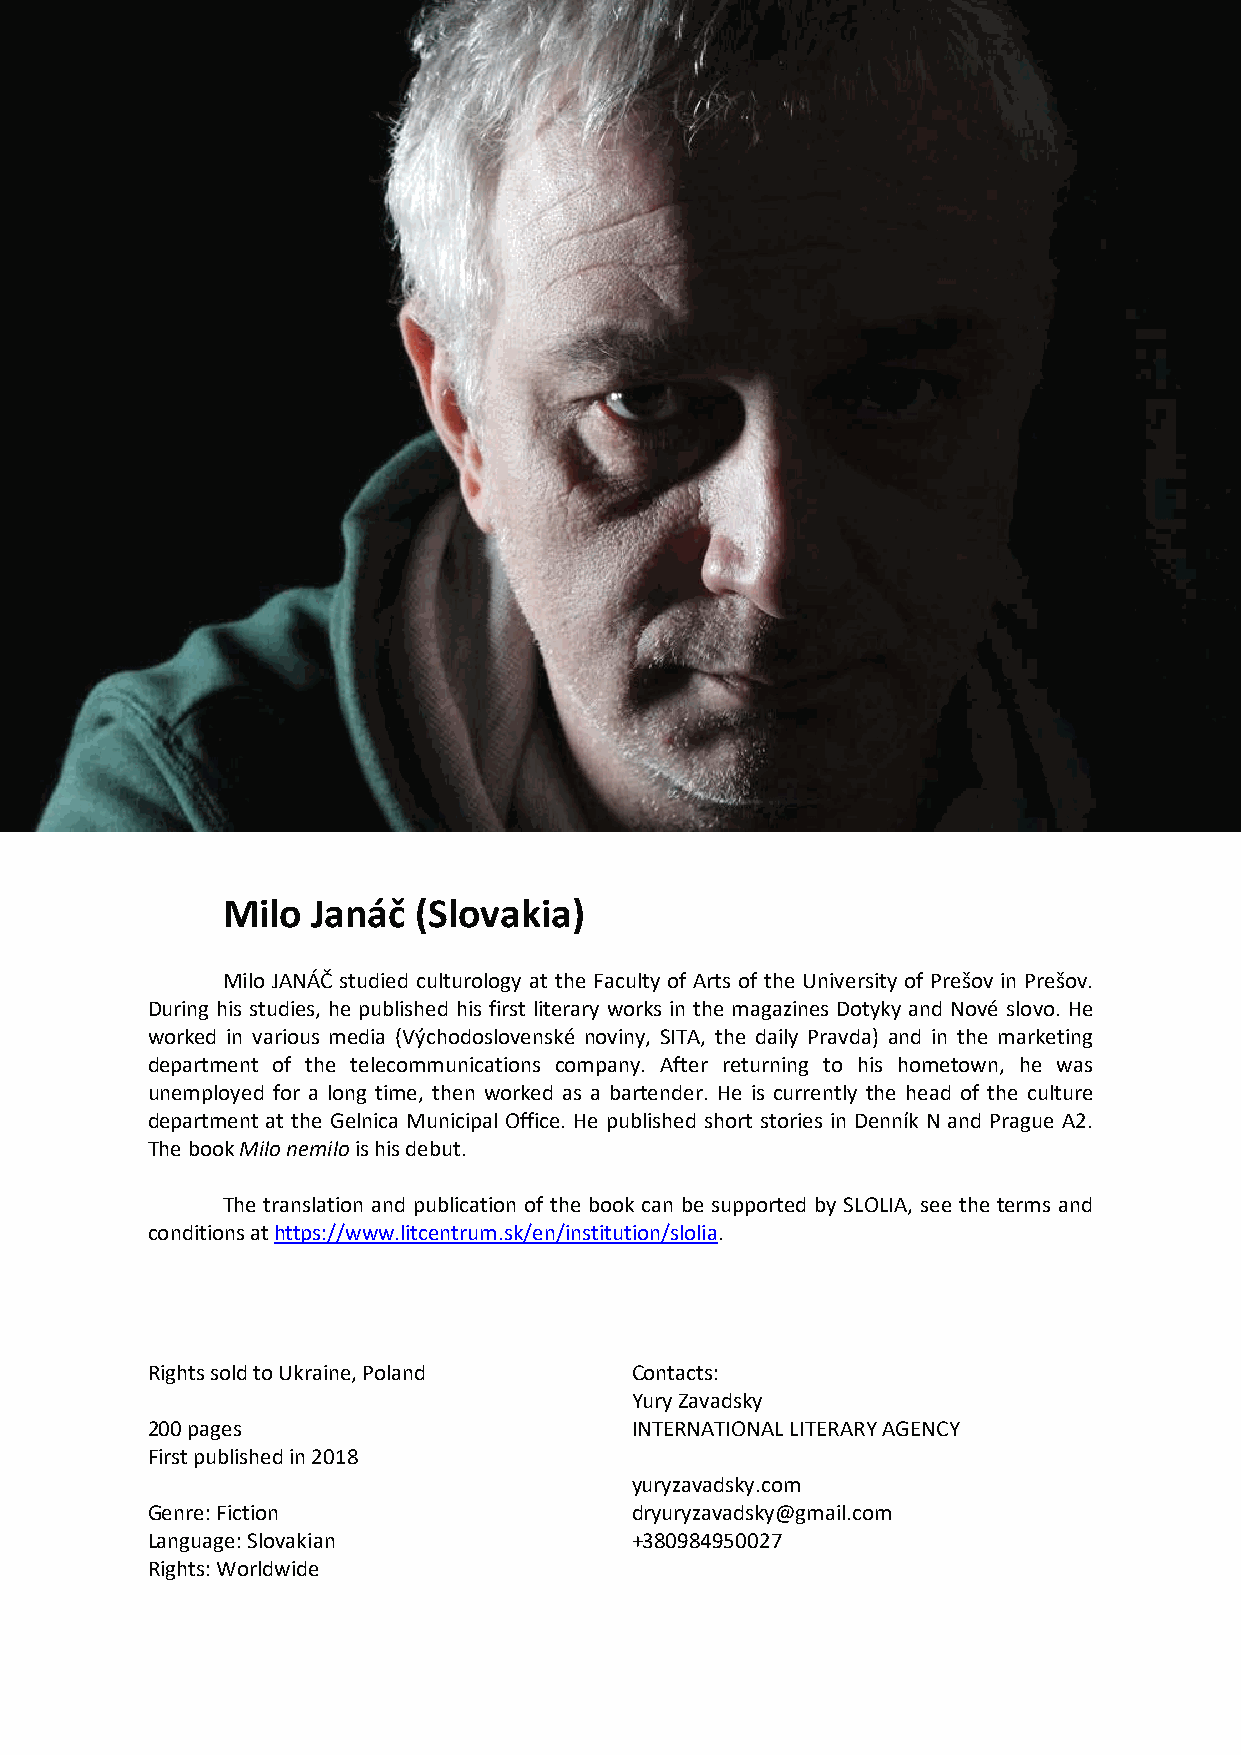
Milo  Janáč  (Slovakia)
 Milo JANÁČ studied culturology at the Faculty of Arts of the University of Prešov in Prešov.
 During his studies, he published his first literary works in the magazines Dotyky and Nové slovo. He
 worked in various media (Východoslovenské noviny, SITA, the daily Pravda) and in the marketing
 department of the telecommunications company. After returning to his hometown, he was
 unemployed for a long time, then worked as a bartender. He is currently the head of the culture
 department at the Gelnica Municipal Office. He published short stories in Denník N and Prague A2.
 The book Milo nemilo is his debut.
 The translation and publication of the book can be supported by SLOLIA, see the terms and
 conditions at https://www.litcentrum.sk/en/institution/slolia.
 Rights sold to Ukraine, Poland  Contacts:
 Yury Zavadsky
 200 pages                       INTERNATIONAL LITERARY AGENCY
 First published in 2018
 yuryzavadsky.com
 Genre: Fiction                  dryuryzavadsky@gmail.com
 Language: Slovakian             +380984950027
 Rights: Worldwide